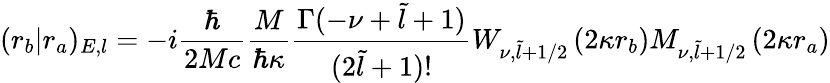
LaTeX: (r_{b}|r_{a})_{E,l}=-i\frac{\hbar}{2Mc}\frac{M}{\hbar\kappa}\frac{\Gamma(-\nu+\tilde{l}+1)}{(2\tilde{l}+1)!}W_{\nu,\tilde{l}+1/2}\left(2\kappa r_{b}\right)M_{\nu,\tilde{l}+1/2}\left(2\kappa r_{a}\right)